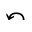
\curvearrowleft